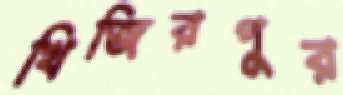
খিজিরপুর